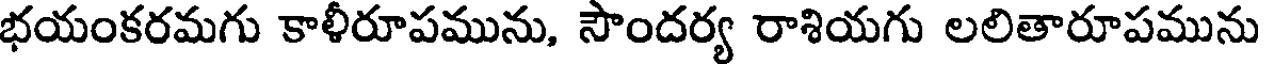
భయంకరమగు కాళీరూపమును, సౌందర్య రాశియగు లలితారూపమును